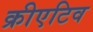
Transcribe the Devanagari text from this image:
क्रीएटिव